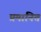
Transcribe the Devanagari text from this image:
प्रमानित